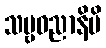
သဗ္ဗဓညာနိပိ